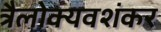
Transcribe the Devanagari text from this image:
त्रैलोक्यवशंकर